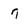
Character: 7